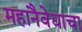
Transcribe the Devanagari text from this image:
महानैवेद्याचा